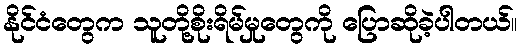
နိုင်ငံတွေက သူတို့စိုးရိမ်မှုတွေကို ပြောဆိုခဲ့ပါတယ်။